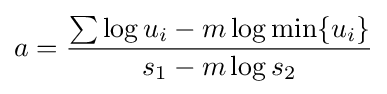
a={\frac {\sum \log u_{i}-m\log \min\{u_{i}\}}{s_{1}-m\log s_{2}}}